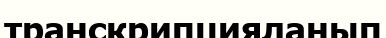
транскрипцияланып